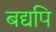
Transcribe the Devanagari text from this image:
बद्यपि